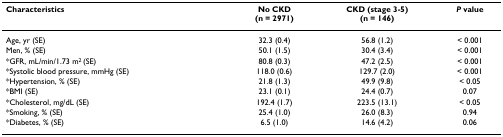
| Characteristics | No CKD(n = 2971) | CKD (stage 3-5)(n = 146) | P value |
 | --- | --- | --- | --- |
 | Age, yr (SE) | 32.3 (0.4) | 56.8 (1.2) | < 0.001 |
 | Men, % (SE) | 50.1 (1.5) | 30.4 (3.4) | < 0.001 |
 | *GFR, mL/min/1.73 m2 (SE) | 80.8 (0.3) | 47.2 (2.5) | < 0.001 |
 | *Systolic blood pressure, mmHg (SE) | 118.0 (0.6) | 129.7 (2.0) | < 0.001 |
 | *Hypertension, % (SE) | 21.8 (1.3) | 49.9 (9.8) | < 0.05 |
 | *BMI (SE) | 23.1 (0.1) | 24.4 (0.7) | 0.07 |
 | *Cholesterol, mg/dL (SE) | 192.4 (1.7) | 223.5 (13.1) | < 0.05 |
 | *Smoking, % (SE) | 25.4 (1.0) | 26.0 (8.3) | 0.94 |
 | *Diabetes, % (SE) | 6.5 (1.0) | 14.6 (4.2) | 0.06 |